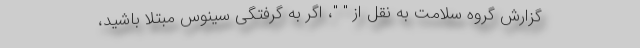
گزارش گروه سلامت به نقل از " "، اگر به گرفتگی سینوس مبتلا باشید،